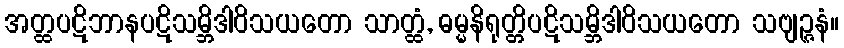
အတ္ထပဋိဘာနပဋိသမ္ဘိဒါဝိသယတော သာတ္ထံ, ဓမ္မနိရုတ္တိပဋိသမ္ဘိဒါဝိသယတော သဗျဉ္ဇနံ။